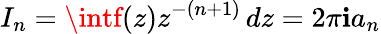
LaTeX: I_{n}=\intf(z)z^{-(n+1)}\, dz=2\pi\mathbf{i}a_{n}